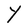
Character: Y